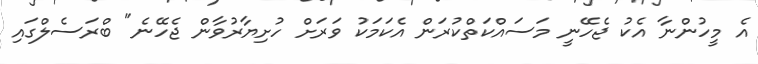
އެ މީހުންނާ އެކު ޖެހޭނީ މަސައްކަތްކުރަން އެކަމަކު ވަރަށް ހުށިޔާރުވާން ޖެހޭނެ" ބްރަސެލްގައި